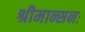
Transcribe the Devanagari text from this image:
श्रीमान्सनः